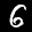
Label: 6